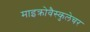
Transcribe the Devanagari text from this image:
माइक्रोवैस्कुलेचर